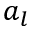
a _ { l }